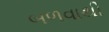
બળવાથી